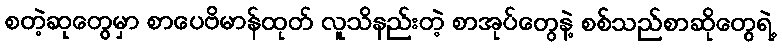
စတဲ့ဆုတွေမှာ စာပေဗိမာန်ထုတ် လူသိနည်းတဲ့ စာအုပ်တွေနဲ့ စစ်သည်စာဆိုတွေရဲ့